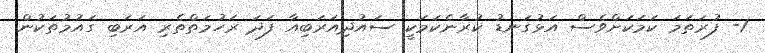
1- ފުރަތަމަ ކަމަކަށްވެސް އަޅުގަނޑު ކުރާނެކަމަކީ ސައުދިއަރަބިއާ ފަދަ ރަހުމަތްތެރި އަރަބި ގައުމުތަކުން